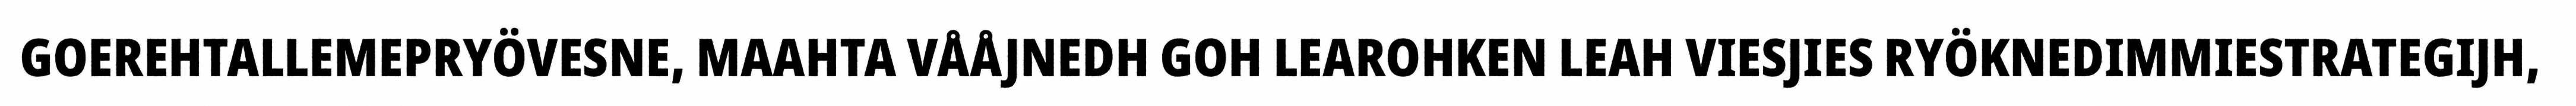
GOEREHTALLEMEPRYÖVESNE, MAAHTA VÅÅJNEDH GOH LEAROHKEN LEAH VIESJIES RYÖKNEDIMMIESTRATEGIJH,